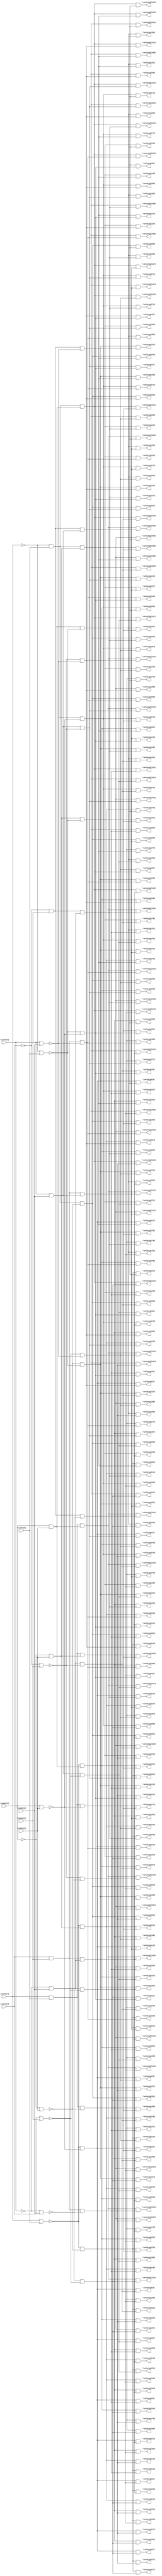
/* Generated by Yosys 0.7 (git sha1 61f6811, gcc 5.4.0-6ubuntu1~16.04.4 -O2 -fstack-protector-strong -fPIC -Os) */

(* top =  1  *)
(* src = "input/dec.v:1" *)
module dec(\count[0] , \count[1] , \count[2] , \count[3] , \count[4] , \count[5] , \count[6] , \count[7] , \selectp1[0] , \selectp1[1] , \selectp1[2] , \selectp1[3] , \selectp1[4] , \selectp1[5] , \selectp1[6] , \selectp1[7] , \selectp1[8] , \selectp1[9] , \selectp1[10] , \selectp1[11] , \selectp1[12] , \selectp1[13] , \selectp1[14] , \selectp1[15] , \selectp1[16] , \selectp1[17] , \selectp1[18] , \selectp1[19] , \selectp1[20] , \selectp1[21] , \selectp1[22] , \selectp1[23] , \selectp1[24] , \selectp1[25] , \selectp1[26] , \selectp1[27] , \selectp1[28] , \selectp1[29] , \selectp1[30] , \selectp1[31] , \selectp1[32] , \selectp1[33] , \selectp1[34] , \selectp1[35] , \selectp1[36] , \selectp1[37] , \selectp1[38] , \selectp1[39] , \selectp1[40] , \selectp1[41] , \selectp1[42] , \selectp1[43] , \selectp1[44] , \selectp1[45] , \selectp1[46] , \selectp1[47] , \selectp1[48] , \selectp1[49] , \selectp1[50] , \selectp1[51] , \selectp1[52] , \selectp1[53] , \selectp1[54] , \selectp1[55] , \selectp1[56] , \selectp1[57] , \selectp1[58] , \selectp1[59] , \selectp1[60] , \selectp1[61] , \selectp1[62] , \selectp1[63] , \selectp1[64] , \selectp1[65] , \selectp1[66] , \selectp1[67] , \selectp1[68] , \selectp1[69] , \selectp1[70] , \selectp1[71] , \selectp1[72] , \selectp1[73] , \selectp1[74] , \selectp1[75] , \selectp1[76] , \selectp1[77] , \selectp1[78] , \selectp1[79] , \selectp1[80] , \selectp1[81] , \selectp1[82] , \selectp1[83] , \selectp1[84] , \selectp1[85] , \selectp1[86] , \selectp1[87] , \selectp1[88] , \selectp1[89] , \selectp1[90] , \selectp1[91] , \selectp1[92] , \selectp1[93] , \selectp1[94] , \selectp1[95] , \selectp1[96] , \selectp1[97] , \selectp1[98] , \selectp1[99] , \selectp1[100] , \selectp1[101] , \selectp1[102] , \selectp1[103] , \selectp1[104] , \selectp1[105] , \selectp1[106] , \selectp1[107] , \selectp1[108] , \selectp1[109] , \selectp1[110] , \selectp1[111] , \selectp1[112] , \selectp1[113] , \selectp1[114] , \selectp1[115] , \selectp1[116] , \selectp1[117] , \selectp1[118] , \selectp1[119] , \selectp1[120] , \selectp1[121] , \selectp1[122] , \selectp1[123] , \selectp1[124] , \selectp1[125] , \selectp1[126] , \selectp1[127] , \selectp2[0] , \selectp2[1] , \selectp2[2] , \selectp2[3] , \selectp2[4] , \selectp2[5] , \selectp2[6] , \selectp2[7] , \selectp2[8] , \selectp2[9] , \selectp2[10] , \selectp2[11] , \selectp2[12] , \selectp2[13] , \selectp2[14] , \selectp2[15] , \selectp2[16] , \selectp2[17] , \selectp2[18] , \selectp2[19] , \selectp2[20] , \selectp2[21] , \selectp2[22] , \selectp2[23] , \selectp2[24] , \selectp2[25] , \selectp2[26] , \selectp2[27] , \selectp2[28] , \selectp2[29] , \selectp2[30] , \selectp2[31] , \selectp2[32] , \selectp2[33] , \selectp2[34] , \selectp2[35] , \selectp2[36] , \selectp2[37] , \selectp2[38] , \selectp2[39] , \selectp2[40] , \selectp2[41] , \selectp2[42] , \selectp2[43] , \selectp2[44] , \selectp2[45] , \selectp2[46] , \selectp2[47] , \selectp2[48] , \selectp2[49] , \selectp2[50] , \selectp2[51] , \selectp2[52] , \selectp2[53] , \selectp2[54] , \selectp2[55] , \selectp2[56] , \selectp2[57] , \selectp2[58] , \selectp2[59] , \selectp2[60] , \selectp2[61] , \selectp2[62] , \selectp2[63] , \selectp2[64] , \selectp2[65] , \selectp2[66] , \selectp2[67] , \selectp2[68] , \selectp2[69] , \selectp2[70] , \selectp2[71] , \selectp2[72] , \selectp2[73] , \selectp2[74] , \selectp2[75] , \selectp2[76] , \selectp2[77] , \selectp2[78] , \selectp2[79] , \selectp2[80] , \selectp2[81] , \selectp2[82] , \selectp2[83] , \selectp2[84] , \selectp2[85] , \selectp2[86] , \selectp2[87] , \selectp2[88] , \selectp2[89] , \selectp2[90] , \selectp2[91] , \selectp2[92] , \selectp2[93] , \selectp2[94] , \selectp2[95] , \selectp2[96] , \selectp2[97] , \selectp2[98] , \selectp2[99] , \selectp2[100] , \selectp2[101] , \selectp2[102] , \selectp2[103] , \selectp2[104] , \selectp2[105] , \selectp2[106] , \selectp2[107] , \selectp2[108] , \selectp2[109] , \selectp2[110] , \selectp2[111] , \selectp2[112] , \selectp2[113] , \selectp2[114] , \selectp2[115] , \selectp2[116] , \selectp2[117] , \selectp2[118] , \selectp2[119] , \selectp2[120] , \selectp2[121] , \selectp2[122] , \selectp2[123] , \selectp2[124] , \selectp2[125] , \selectp2[126] , \selectp2[127] );
  wire _000_;
  wire _001_;
  wire _002_;
  wire _003_;
  wire _004_;
  wire _005_;
  wire _006_;
  wire _007_;
  wire _008_;
  wire _009_;
  wire _010_;
  wire _011_;
  wire _012_;
  wire _013_;
  wire _014_;
  wire _015_;
  wire _016_;
  wire _017_;
  wire _018_;
  wire _019_;
  wire _020_;
  wire _021_;
  wire _022_;
  wire _023_;
  wire _024_;
  wire _025_;
  wire _026_;
  wire _027_;
  wire _028_;
  wire _029_;
  wire _030_;
  wire _031_;
  wire _032_;
  wire _033_;
  wire _034_;
  wire _035_;
  wire _036_;
  wire _037_;
  wire _038_;
  wire _039_;
  wire _040_;
  wire _041_;
  wire _042_;
  wire _043_;
  wire _044_;
  wire _045_;
  wire _046_;
  wire _047_;
  wire _048_;
  wire _049_;
  wire _050_;
  wire _051_;
  (* src = "input/dec.v:68" *)
  input \count[0] ;
  (* src = "input/dec.v:68" *)
  input \count[1] ;
  (* src = "input/dec.v:68" *)
  input \count[2] ;
  (* src = "input/dec.v:68" *)
  input \count[3] ;
  (* src = "input/dec.v:68" *)
  input \count[4] ;
  (* src = "input/dec.v:68" *)
  input \count[5] ;
  (* src = "input/dec.v:68" *)
  input \count[6] ;
  (* src = "input/dec.v:68" *)
  input \count[7] ;
  (* src = "input/dec.v:70" *)
  output \selectp1[0] ;
  (* src = "input/dec.v:70" *)
  output \selectp1[100] ;
  (* src = "input/dec.v:70" *)
  output \selectp1[101] ;
  (* src = "input/dec.v:70" *)
  output \selectp1[102] ;
  (* src = "input/dec.v:70" *)
  output \selectp1[103] ;
  (* src = "input/dec.v:70" *)
  output \selectp1[104] ;
  (* src = "input/dec.v:70" *)
  output \selectp1[105] ;
  (* src = "input/dec.v:70" *)
  output \selectp1[106] ;
  (* src = "input/dec.v:70" *)
  output \selectp1[107] ;
  (* src = "input/dec.v:70" *)
  output \selectp1[108] ;
  (* src = "input/dec.v:70" *)
  output \selectp1[109] ;
  (* src = "input/dec.v:70" *)
  output \selectp1[10] ;
  (* src = "input/dec.v:70" *)
  output \selectp1[110] ;
  (* src = "input/dec.v:70" *)
  output \selectp1[111] ;
  (* src = "input/dec.v:70" *)
  output \selectp1[112] ;
  (* src = "input/dec.v:70" *)
  output \selectp1[113] ;
  (* src = "input/dec.v:70" *)
  output \selectp1[114] ;
  (* src = "input/dec.v:70" *)
  output \selectp1[115] ;
  (* src = "input/dec.v:70" *)
  output \selectp1[116] ;
  (* src = "input/dec.v:70" *)
  output \selectp1[117] ;
  (* src = "input/dec.v:70" *)
  output \selectp1[118] ;
  (* src = "input/dec.v:70" *)
  output \selectp1[119] ;
  (* src = "input/dec.v:70" *)
  output \selectp1[11] ;
  (* src = "input/dec.v:70" *)
  output \selectp1[120] ;
  (* src = "input/dec.v:70" *)
  output \selectp1[121] ;
  (* src = "input/dec.v:70" *)
  output \selectp1[122] ;
  (* src = "input/dec.v:70" *)
  output \selectp1[123] ;
  (* src = "input/dec.v:70" *)
  output \selectp1[124] ;
  (* src = "input/dec.v:70" *)
  output \selectp1[125] ;
  (* src = "input/dec.v:70" *)
  output \selectp1[126] ;
  (* src = "input/dec.v:70" *)
  output \selectp1[127] ;
  (* src = "input/dec.v:70" *)
  output \selectp1[12] ;
  (* src = "input/dec.v:70" *)
  output \selectp1[13] ;
  (* src = "input/dec.v:70" *)
  output \selectp1[14] ;
  (* src = "input/dec.v:70" *)
  output \selectp1[15] ;
  (* src = "input/dec.v:70" *)
  output \selectp1[16] ;
  (* src = "input/dec.v:70" *)
  output \selectp1[17] ;
  (* src = "input/dec.v:70" *)
  output \selectp1[18] ;
  (* src = "input/dec.v:70" *)
  output \selectp1[19] ;
  (* src = "input/dec.v:70" *)
  output \selectp1[1] ;
  (* src = "input/dec.v:70" *)
  output \selectp1[20] ;
  (* src = "input/dec.v:70" *)
  output \selectp1[21] ;
  (* src = "input/dec.v:70" *)
  output \selectp1[22] ;
  (* src = "input/dec.v:70" *)
  output \selectp1[23] ;
  (* src = "input/dec.v:70" *)
  output \selectp1[24] ;
  (* src = "input/dec.v:70" *)
  output \selectp1[25] ;
  (* src = "input/dec.v:70" *)
  output \selectp1[26] ;
  (* src = "input/dec.v:70" *)
  output \selectp1[27] ;
  (* src = "input/dec.v:70" *)
  output \selectp1[28] ;
  (* src = "input/dec.v:70" *)
  output \selectp1[29] ;
  (* src = "input/dec.v:70" *)
  output \selectp1[2] ;
  (* src = "input/dec.v:70" *)
  output \selectp1[30] ;
  (* src = "input/dec.v:70" *)
  output \selectp1[31] ;
  (* src = "input/dec.v:70" *)
  output \selectp1[32] ;
  (* src = "input/dec.v:70" *)
  output \selectp1[33] ;
  (* src = "input/dec.v:70" *)
  output \selectp1[34] ;
  (* src = "input/dec.v:70" *)
  output \selectp1[35] ;
  (* src = "input/dec.v:70" *)
  output \selectp1[36] ;
  (* src = "input/dec.v:70" *)
  output \selectp1[37] ;
  (* src = "input/dec.v:70" *)
  output \selectp1[38] ;
  (* src = "input/dec.v:70" *)
  output \selectp1[39] ;
  (* src = "input/dec.v:70" *)
  output \selectp1[3] ;
  (* src = "input/dec.v:70" *)
  output \selectp1[40] ;
  (* src = "input/dec.v:70" *)
  output \selectp1[41] ;
  (* src = "input/dec.v:70" *)
  output \selectp1[42] ;
  (* src = "input/dec.v:70" *)
  output \selectp1[43] ;
  (* src = "input/dec.v:70" *)
  output \selectp1[44] ;
  (* src = "input/dec.v:70" *)
  output \selectp1[45] ;
  (* src = "input/dec.v:70" *)
  output \selectp1[46] ;
  (* src = "input/dec.v:70" *)
  output \selectp1[47] ;
  (* src = "input/dec.v:70" *)
  output \selectp1[48] ;
  (* src = "input/dec.v:70" *)
  output \selectp1[49] ;
  (* src = "input/dec.v:70" *)
  output \selectp1[4] ;
  (* src = "input/dec.v:70" *)
  output \selectp1[50] ;
  (* src = "input/dec.v:70" *)
  output \selectp1[51] ;
  (* src = "input/dec.v:70" *)
  output \selectp1[52] ;
  (* src = "input/dec.v:70" *)
  output \selectp1[53] ;
  (* src = "input/dec.v:70" *)
  output \selectp1[54] ;
  (* src = "input/dec.v:70" *)
  output \selectp1[55] ;
  (* src = "input/dec.v:70" *)
  output \selectp1[56] ;
  (* src = "input/dec.v:70" *)
  output \selectp1[57] ;
  (* src = "input/dec.v:70" *)
  output \selectp1[58] ;
  (* src = "input/dec.v:70" *)
  output \selectp1[59] ;
  (* src = "input/dec.v:70" *)
  output \selectp1[5] ;
  (* src = "input/dec.v:70" *)
  output \selectp1[60] ;
  (* src = "input/dec.v:70" *)
  output \selectp1[61] ;
  (* src = "input/dec.v:70" *)
  output \selectp1[62] ;
  (* src = "input/dec.v:70" *)
  output \selectp1[63] ;
  (* src = "input/dec.v:70" *)
  output \selectp1[64] ;
  (* src = "input/dec.v:70" *)
  output \selectp1[65] ;
  (* src = "input/dec.v:70" *)
  output \selectp1[66] ;
  (* src = "input/dec.v:70" *)
  output \selectp1[67] ;
  (* src = "input/dec.v:70" *)
  output \selectp1[68] ;
  (* src = "input/dec.v:70" *)
  output \selectp1[69] ;
  (* src = "input/dec.v:70" *)
  output \selectp1[6] ;
  (* src = "input/dec.v:70" *)
  output \selectp1[70] ;
  (* src = "input/dec.v:70" *)
  output \selectp1[71] ;
  (* src = "input/dec.v:70" *)
  output \selectp1[72] ;
  (* src = "input/dec.v:70" *)
  output \selectp1[73] ;
  (* src = "input/dec.v:70" *)
  output \selectp1[74] ;
  (* src = "input/dec.v:70" *)
  output \selectp1[75] ;
  (* src = "input/dec.v:70" *)
  output \selectp1[76] ;
  (* src = "input/dec.v:70" *)
  output \selectp1[77] ;
  (* src = "input/dec.v:70" *)
  output \selectp1[78] ;
  (* src = "input/dec.v:70" *)
  output \selectp1[79] ;
  (* src = "input/dec.v:70" *)
  output \selectp1[7] ;
  (* src = "input/dec.v:70" *)
  output \selectp1[80] ;
  (* src = "input/dec.v:70" *)
  output \selectp1[81] ;
  (* src = "input/dec.v:70" *)
  output \selectp1[82] ;
  (* src = "input/dec.v:70" *)
  output \selectp1[83] ;
  (* src = "input/dec.v:70" *)
  output \selectp1[84] ;
  (* src = "input/dec.v:70" *)
  output \selectp1[85] ;
  (* src = "input/dec.v:70" *)
  output \selectp1[86] ;
  (* src = "input/dec.v:70" *)
  output \selectp1[87] ;
  (* src = "input/dec.v:70" *)
  output \selectp1[88] ;
  (* src = "input/dec.v:70" *)
  output \selectp1[89] ;
  (* src = "input/dec.v:70" *)
  output \selectp1[8] ;
  (* src = "input/dec.v:70" *)
  output \selectp1[90] ;
  (* src = "input/dec.v:70" *)
  output \selectp1[91] ;
  (* src = "input/dec.v:70" *)
  output \selectp1[92] ;
  (* src = "input/dec.v:70" *)
  output \selectp1[93] ;
  (* src = "input/dec.v:70" *)
  output \selectp1[94] ;
  (* src = "input/dec.v:70" *)
  output \selectp1[95] ;
  (* src = "input/dec.v:70" *)
  output \selectp1[96] ;
  (* src = "input/dec.v:70" *)
  output \selectp1[97] ;
  (* src = "input/dec.v:70" *)
  output \selectp1[98] ;
  (* src = "input/dec.v:70" *)
  output \selectp1[99] ;
  (* src = "input/dec.v:70" *)
  output \selectp1[9] ;
  (* src = "input/dec.v:70" *)
  output \selectp2[0] ;
  (* src = "input/dec.v:70" *)
  output \selectp2[100] ;
  (* src = "input/dec.v:70" *)
  output \selectp2[101] ;
  (* src = "input/dec.v:70" *)
  output \selectp2[102] ;
  (* src = "input/dec.v:70" *)
  output \selectp2[103] ;
  (* src = "input/dec.v:70" *)
  output \selectp2[104] ;
  (* src = "input/dec.v:70" *)
  output \selectp2[105] ;
  (* src = "input/dec.v:70" *)
  output \selectp2[106] ;
  (* src = "input/dec.v:70" *)
  output \selectp2[107] ;
  (* src = "input/dec.v:70" *)
  output \selectp2[108] ;
  (* src = "input/dec.v:70" *)
  output \selectp2[109] ;
  (* src = "input/dec.v:70" *)
  output \selectp2[10] ;
  (* src = "input/dec.v:70" *)
  output \selectp2[110] ;
  (* src = "input/dec.v:70" *)
  output \selectp2[111] ;
  (* src = "input/dec.v:70" *)
  output \selectp2[112] ;
  (* src = "input/dec.v:70" *)
  output \selectp2[113] ;
  (* src = "input/dec.v:70" *)
  output \selectp2[114] ;
  (* src = "input/dec.v:70" *)
  output \selectp2[115] ;
  (* src = "input/dec.v:70" *)
  output \selectp2[116] ;
  (* src = "input/dec.v:70" *)
  output \selectp2[117] ;
  (* src = "input/dec.v:70" *)
  output \selectp2[118] ;
  (* src = "input/dec.v:70" *)
  output \selectp2[119] ;
  (* src = "input/dec.v:70" *)
  output \selectp2[11] ;
  (* src = "input/dec.v:70" *)
  output \selectp2[120] ;
  (* src = "input/dec.v:70" *)
  output \selectp2[121] ;
  (* src = "input/dec.v:70" *)
  output \selectp2[122] ;
  (* src = "input/dec.v:70" *)
  output \selectp2[123] ;
  (* src = "input/dec.v:70" *)
  output \selectp2[124] ;
  (* src = "input/dec.v:70" *)
  output \selectp2[125] ;
  (* src = "input/dec.v:70" *)
  output \selectp2[126] ;
  (* src = "input/dec.v:70" *)
  output \selectp2[127] ;
  (* src = "input/dec.v:70" *)
  output \selectp2[12] ;
  (* src = "input/dec.v:70" *)
  output \selectp2[13] ;
  (* src = "input/dec.v:70" *)
  output \selectp2[14] ;
  (* src = "input/dec.v:70" *)
  output \selectp2[15] ;
  (* src = "input/dec.v:70" *)
  output \selectp2[16] ;
  (* src = "input/dec.v:70" *)
  output \selectp2[17] ;
  (* src = "input/dec.v:70" *)
  output \selectp2[18] ;
  (* src = "input/dec.v:70" *)
  output \selectp2[19] ;
  (* src = "input/dec.v:70" *)
  output \selectp2[1] ;
  (* src = "input/dec.v:70" *)
  output \selectp2[20] ;
  (* src = "input/dec.v:70" *)
  output \selectp2[21] ;
  (* src = "input/dec.v:70" *)
  output \selectp2[22] ;
  (* src = "input/dec.v:70" *)
  output \selectp2[23] ;
  (* src = "input/dec.v:70" *)
  output \selectp2[24] ;
  (* src = "input/dec.v:70" *)
  output \selectp2[25] ;
  (* src = "input/dec.v:70" *)
  output \selectp2[26] ;
  (* src = "input/dec.v:70" *)
  output \selectp2[27] ;
  (* src = "input/dec.v:70" *)
  output \selectp2[28] ;
  (* src = "input/dec.v:70" *)
  output \selectp2[29] ;
  (* src = "input/dec.v:70" *)
  output \selectp2[2] ;
  (* src = "input/dec.v:70" *)
  output \selectp2[30] ;
  (* src = "input/dec.v:70" *)
  output \selectp2[31] ;
  (* src = "input/dec.v:70" *)
  output \selectp2[32] ;
  (* src = "input/dec.v:70" *)
  output \selectp2[33] ;
  (* src = "input/dec.v:70" *)
  output \selectp2[34] ;
  (* src = "input/dec.v:70" *)
  output \selectp2[35] ;
  (* src = "input/dec.v:70" *)
  output \selectp2[36] ;
  (* src = "input/dec.v:70" *)
  output \selectp2[37] ;
  (* src = "input/dec.v:70" *)
  output \selectp2[38] ;
  (* src = "input/dec.v:70" *)
  output \selectp2[39] ;
  (* src = "input/dec.v:70" *)
  output \selectp2[3] ;
  (* src = "input/dec.v:70" *)
  output \selectp2[40] ;
  (* src = "input/dec.v:70" *)
  output \selectp2[41] ;
  (* src = "input/dec.v:70" *)
  output \selectp2[42] ;
  (* src = "input/dec.v:70" *)
  output \selectp2[43] ;
  (* src = "input/dec.v:70" *)
  output \selectp2[44] ;
  (* src = "input/dec.v:70" *)
  output \selectp2[45] ;
  (* src = "input/dec.v:70" *)
  output \selectp2[46] ;
  (* src = "input/dec.v:70" *)
  output \selectp2[47] ;
  (* src = "input/dec.v:70" *)
  output \selectp2[48] ;
  (* src = "input/dec.v:70" *)
  output \selectp2[49] ;
  (* src = "input/dec.v:70" *)
  output \selectp2[4] ;
  (* src = "input/dec.v:70" *)
  output \selectp2[50] ;
  (* src = "input/dec.v:70" *)
  output \selectp2[51] ;
  (* src = "input/dec.v:70" *)
  output \selectp2[52] ;
  (* src = "input/dec.v:70" *)
  output \selectp2[53] ;
  (* src = "input/dec.v:70" *)
  output \selectp2[54] ;
  (* src = "input/dec.v:70" *)
  output \selectp2[55] ;
  (* src = "input/dec.v:70" *)
  output \selectp2[56] ;
  (* src = "input/dec.v:70" *)
  output \selectp2[57] ;
  (* src = "input/dec.v:70" *)
  output \selectp2[58] ;
  (* src = "input/dec.v:70" *)
  output \selectp2[59] ;
  (* src = "input/dec.v:70" *)
  output \selectp2[5] ;
  (* src = "input/dec.v:70" *)
  output \selectp2[60] ;
  (* src = "input/dec.v:70" *)
  output \selectp2[61] ;
  (* src = "input/dec.v:70" *)
  output \selectp2[62] ;
  (* src = "input/dec.v:70" *)
  output \selectp2[63] ;
  (* src = "input/dec.v:70" *)
  output \selectp2[64] ;
  (* src = "input/dec.v:70" *)
  output \selectp2[65] ;
  (* src = "input/dec.v:70" *)
  output \selectp2[66] ;
  (* src = "input/dec.v:70" *)
  output \selectp2[67] ;
  (* src = "input/dec.v:70" *)
  output \selectp2[68] ;
  (* src = "input/dec.v:70" *)
  output \selectp2[69] ;
  (* src = "input/dec.v:70" *)
  output \selectp2[6] ;
  (* src = "input/dec.v:70" *)
  output \selectp2[70] ;
  (* src = "input/dec.v:70" *)
  output \selectp2[71] ;
  (* src = "input/dec.v:70" *)
  output \selectp2[72] ;
  (* src = "input/dec.v:70" *)
  output \selectp2[73] ;
  (* src = "input/dec.v:70" *)
  output \selectp2[74] ;
  (* src = "input/dec.v:70" *)
  output \selectp2[75] ;
  (* src = "input/dec.v:70" *)
  output \selectp2[76] ;
  (* src = "input/dec.v:70" *)
  output \selectp2[77] ;
  (* src = "input/dec.v:70" *)
  output \selectp2[78] ;
  (* src = "input/dec.v:70" *)
  output \selectp2[79] ;
  (* src = "input/dec.v:70" *)
  output \selectp2[7] ;
  (* src = "input/dec.v:70" *)
  output \selectp2[80] ;
  (* src = "input/dec.v:70" *)
  output \selectp2[81] ;
  (* src = "input/dec.v:70" *)
  output \selectp2[82] ;
  (* src = "input/dec.v:70" *)
  output \selectp2[83] ;
  (* src = "input/dec.v:70" *)
  output \selectp2[84] ;
  (* src = "input/dec.v:70" *)
  output \selectp2[85] ;
  (* src = "input/dec.v:70" *)
  output \selectp2[86] ;
  (* src = "input/dec.v:70" *)
  output \selectp2[87] ;
  (* src = "input/dec.v:70" *)
  output \selectp2[88] ;
  (* src = "input/dec.v:70" *)
  output \selectp2[89] ;
  (* src = "input/dec.v:70" *)
  output \selectp2[8] ;
  (* src = "input/dec.v:70" *)
  output \selectp2[90] ;
  (* src = "input/dec.v:70" *)
  output \selectp2[91] ;
  (* src = "input/dec.v:70" *)
  output \selectp2[92] ;
  (* src = "input/dec.v:70" *)
  output \selectp2[93] ;
  (* src = "input/dec.v:70" *)
  output \selectp2[94] ;
  (* src = "input/dec.v:70" *)
  output \selectp2[95] ;
  (* src = "input/dec.v:70" *)
  output \selectp2[96] ;
  (* src = "input/dec.v:70" *)
  output \selectp2[97] ;
  (* src = "input/dec.v:70" *)
  output \selectp2[98] ;
  (* src = "input/dec.v:70" *)
  output \selectp2[99] ;
  (* src = "input/dec.v:70" *)
  output \selectp2[9] ;
  assign _000_ = ~(\count[4]  | \count[5] );
  assign _001_ = ~\count[7] ;
  assign _002_ = ~(_001_ | \count[6] );
  assign _003_ = _002_ & _000_;
  assign _004_ = ~(\count[0]  | \count[2] );
  assign _005_ = ~(\count[1]  | \count[3] );
  assign _006_ = _005_ & _004_;
  assign \selectp1[0]  = _006_ & _003_;
  assign _007_ = ~\count[0] ;
  assign _008_ = ~(_007_ | \count[2] );
  assign _009_ = _008_ & _005_;
  assign \selectp1[1]  = _009_ & _003_;
  assign _010_ = ~\count[1] ;
  assign _011_ = ~(_010_ | \count[3] );
  assign _012_ = _011_ & _004_;
  assign \selectp1[2]  = _012_ & _003_;
  assign _013_ = _011_ & _008_;
  assign \selectp1[3]  = _013_ & _003_;
  assign _014_ = _007_ & \count[2] ;
  assign _015_ = _014_ & _005_;
  assign \selectp1[4]  = _015_ & _003_;
  assign _016_ = \count[0]  & \count[2] ;
  assign _017_ = _016_ & _005_;
  assign \selectp1[5]  = _017_ & _003_;
  assign _018_ = _014_ & _011_;
  assign \selectp1[6]  = _018_ & _003_;
  assign _019_ = _016_ & _011_;
  assign \selectp1[7]  = _019_ & _003_;
  assign _020_ = _010_ & \count[3] ;
  assign _021_ = _020_ & _004_;
  assign \selectp1[8]  = _021_ & _003_;
  assign _022_ = _020_ & _008_;
  assign \selectp1[9]  = _022_ & _003_;
  assign _023_ = \count[1]  & \count[3] ;
  assign _024_ = _023_ & _004_;
  assign \selectp1[10]  = _024_ & _003_;
  assign _025_ = _023_ & _008_;
  assign \selectp1[11]  = _025_ & _003_;
  assign _026_ = _020_ & _014_;
  assign \selectp1[12]  = _026_ & _003_;
  assign _027_ = _020_ & _016_;
  assign \selectp1[13]  = _027_ & _003_;
  assign _028_ = _023_ & _014_;
  assign \selectp1[14]  = _028_ & _003_;
  assign _029_ = _023_ & _016_;
  assign \selectp1[15]  = _029_ & _003_;
  assign _030_ = ~\count[4] ;
  assign _031_ = ~(_030_ | \count[5] );
  assign _032_ = _031_ & _002_;
  assign \selectp1[16]  = _032_ & _006_;
  assign \selectp1[17]  = _032_ & _009_;
  assign \selectp1[18]  = _032_ & _012_;
  assign \selectp1[19]  = _032_ & _013_;
  assign \selectp1[20]  = _032_ & _015_;
  assign \selectp1[21]  = _032_ & _017_;
  assign \selectp1[22]  = _032_ & _018_;
  assign \selectp1[23]  = _032_ & _019_;
  assign \selectp1[24]  = _032_ & _021_;
  assign \selectp1[25]  = _032_ & _022_;
  assign \selectp1[26]  = _032_ & _024_;
  assign \selectp1[27]  = _032_ & _025_;
  assign \selectp1[28]  = _032_ & _026_;
  assign \selectp1[29]  = _032_ & _027_;
  assign \selectp1[30]  = _032_ & _028_;
  assign \selectp1[31]  = _032_ & _029_;
  assign _033_ = _030_ & \count[5] ;
  assign _034_ = _033_ & _002_;
  assign \selectp1[32]  = _034_ & _006_;
  assign \selectp1[33]  = _034_ & _009_;
  assign \selectp1[34]  = _034_ & _012_;
  assign \selectp1[35]  = _034_ & _013_;
  assign \selectp1[36]  = _034_ & _015_;
  assign \selectp1[37]  = _034_ & _017_;
  assign \selectp1[38]  = _034_ & _018_;
  assign \selectp1[39]  = _034_ & _019_;
  assign \selectp1[40]  = _034_ & _021_;
  assign \selectp1[41]  = _034_ & _022_;
  assign \selectp1[42]  = _034_ & _024_;
  assign \selectp1[43]  = _034_ & _025_;
  assign \selectp1[44]  = _034_ & _026_;
  assign \selectp1[45]  = _034_ & _027_;
  assign \selectp1[46]  = _034_ & _028_;
  assign \selectp1[47]  = _034_ & _029_;
  assign _035_ = \count[4]  & \count[5] ;
  assign _036_ = _035_ & _002_;
  assign \selectp1[48]  = _036_ & _006_;
  assign \selectp1[49]  = _036_ & _009_;
  assign \selectp1[50]  = _036_ & _012_;
  assign \selectp1[51]  = _036_ & _013_;
  assign \selectp1[52]  = _036_ & _015_;
  assign \selectp1[53]  = _036_ & _017_;
  assign \selectp1[54]  = _036_ & _018_;
  assign \selectp1[55]  = _036_ & _019_;
  assign \selectp1[56]  = _036_ & _021_;
  assign \selectp1[57]  = _036_ & _022_;
  assign \selectp1[58]  = _036_ & _024_;
  assign \selectp1[59]  = _036_ & _025_;
  assign \selectp1[60]  = _036_ & _026_;
  assign \selectp1[61]  = _036_ & _027_;
  assign \selectp1[62]  = _036_ & _028_;
  assign \selectp1[63]  = _036_ & _029_;
  assign _037_ = \count[7]  & \count[6] ;
  assign _038_ = _037_ & _000_;
  assign \selectp1[64]  = _038_ & _006_;
  assign \selectp1[65]  = _038_ & _009_;
  assign \selectp1[66]  = _038_ & _012_;
  assign \selectp1[67]  = _038_ & _013_;
  assign \selectp1[68]  = _038_ & _015_;
  assign \selectp1[69]  = _038_ & _017_;
  assign \selectp1[70]  = _038_ & _018_;
  assign \selectp1[71]  = _038_ & _019_;
  assign \selectp1[72]  = _038_ & _021_;
  assign \selectp1[73]  = _038_ & _022_;
  assign \selectp1[74]  = _038_ & _024_;
  assign \selectp1[75]  = _038_ & _025_;
  assign \selectp1[76]  = _038_ & _026_;
  assign \selectp1[77]  = _038_ & _027_;
  assign \selectp1[78]  = _038_ & _028_;
  assign \selectp1[79]  = _038_ & _029_;
  assign _039_ = _037_ & _031_;
  assign \selectp1[80]  = _039_ & _006_;
  assign \selectp1[81]  = _039_ & _009_;
  assign \selectp1[82]  = _039_ & _012_;
  assign \selectp1[83]  = _039_ & _013_;
  assign \selectp1[84]  = _039_ & _015_;
  assign \selectp1[85]  = _039_ & _017_;
  assign \selectp1[86]  = _039_ & _018_;
  assign \selectp1[87]  = _039_ & _019_;
  assign \selectp1[88]  = _039_ & _021_;
  assign \selectp1[89]  = _039_ & _022_;
  assign \selectp1[90]  = _039_ & _024_;
  assign \selectp1[91]  = _039_ & _025_;
  assign \selectp1[92]  = _039_ & _026_;
  assign \selectp1[93]  = _039_ & _027_;
  assign \selectp1[94]  = _039_ & _028_;
  assign \selectp1[95]  = _039_ & _029_;
  assign _040_ = _037_ & _033_;
  assign \selectp1[96]  = _040_ & _006_;
  assign \selectp1[97]  = _040_ & _009_;
  assign \selectp1[98]  = _040_ & _012_;
  assign \selectp1[99]  = _040_ & _013_;
  assign \selectp1[100]  = _040_ & _015_;
  assign \selectp1[101]  = _040_ & _017_;
  assign \selectp1[102]  = _040_ & _018_;
  assign \selectp1[103]  = _040_ & _019_;
  assign \selectp1[104]  = _040_ & _021_;
  assign \selectp1[105]  = _040_ & _022_;
  assign \selectp1[106]  = _040_ & _024_;
  assign \selectp1[107]  = _040_ & _025_;
  assign \selectp1[108]  = _040_ & _026_;
  assign \selectp1[109]  = _040_ & _027_;
  assign \selectp1[110]  = _040_ & _028_;
  assign \selectp1[111]  = _040_ & _029_;
  assign _041_ = _037_ & _035_;
  assign \selectp1[112]  = _041_ & _006_;
  assign \selectp1[113]  = _041_ & _009_;
  assign \selectp1[114]  = _041_ & _012_;
  assign \selectp1[115]  = _041_ & _013_;
  assign \selectp1[116]  = _041_ & _015_;
  assign \selectp1[117]  = _041_ & _017_;
  assign \selectp1[118]  = _041_ & _018_;
  assign \selectp1[119]  = _041_ & _019_;
  assign \selectp1[120]  = _041_ & _021_;
  assign \selectp1[121]  = _041_ & _022_;
  assign \selectp1[122]  = _041_ & _024_;
  assign \selectp1[123]  = _041_ & _025_;
  assign \selectp1[124]  = _041_ & _026_;
  assign \selectp1[125]  = _041_ & _027_;
  assign \selectp1[126]  = _041_ & _028_;
  assign \selectp1[127]  = _041_ & _029_;
  assign _042_ = ~(\count[7]  | \count[6] );
  assign _043_ = _042_ & _000_;
  assign \selectp2[0]  = _043_ & _006_;
  assign \selectp2[1]  = _043_ & _009_;
  assign \selectp2[2]  = _043_ & _012_;
  assign \selectp2[3]  = _043_ & _013_;
  assign \selectp2[4]  = _043_ & _015_;
  assign \selectp2[5]  = _043_ & _017_;
  assign \selectp2[6]  = _043_ & _018_;
  assign \selectp2[7]  = _043_ & _019_;
  assign \selectp2[8]  = _043_ & _021_;
  assign \selectp2[9]  = _043_ & _022_;
  assign \selectp2[10]  = _043_ & _024_;
  assign \selectp2[11]  = _043_ & _025_;
  assign \selectp2[12]  = _043_ & _026_;
  assign \selectp2[13]  = _043_ & _027_;
  assign \selectp2[14]  = _043_ & _028_;
  assign \selectp2[15]  = _043_ & _029_;
  assign _044_ = _042_ & _031_;
  assign \selectp2[16]  = _044_ & _006_;
  assign \selectp2[17]  = _044_ & _009_;
  assign \selectp2[18]  = _044_ & _012_;
  assign \selectp2[19]  = _044_ & _013_;
  assign \selectp2[20]  = _044_ & _015_;
  assign \selectp2[21]  = _044_ & _017_;
  assign \selectp2[22]  = _044_ & _018_;
  assign \selectp2[23]  = _044_ & _019_;
  assign \selectp2[24]  = _044_ & _021_;
  assign \selectp2[25]  = _044_ & _022_;
  assign \selectp2[26]  = _044_ & _024_;
  assign \selectp2[27]  = _044_ & _025_;
  assign \selectp2[28]  = _044_ & _026_;
  assign \selectp2[29]  = _044_ & _027_;
  assign \selectp2[30]  = _044_ & _028_;
  assign \selectp2[31]  = _044_ & _029_;
  assign _045_ = _042_ & _033_;
  assign \selectp2[32]  = _045_ & _006_;
  assign \selectp2[33]  = _045_ & _009_;
  assign \selectp2[34]  = _045_ & _012_;
  assign \selectp2[35]  = _045_ & _013_;
  assign \selectp2[36]  = _045_ & _015_;
  assign \selectp2[37]  = _045_ & _017_;
  assign \selectp2[38]  = _045_ & _018_;
  assign \selectp2[39]  = _045_ & _019_;
  assign \selectp2[40]  = _045_ & _021_;
  assign \selectp2[41]  = _045_ & _022_;
  assign \selectp2[42]  = _045_ & _024_;
  assign \selectp2[43]  = _045_ & _025_;
  assign \selectp2[44]  = _045_ & _026_;
  assign \selectp2[45]  = _045_ & _027_;
  assign \selectp2[46]  = _045_ & _028_;
  assign \selectp2[47]  = _045_ & _029_;
  assign _046_ = _042_ & _035_;
  assign \selectp2[48]  = _046_ & _006_;
  assign \selectp2[49]  = _046_ & _009_;
  assign \selectp2[50]  = _046_ & _012_;
  assign \selectp2[51]  = _046_ & _013_;
  assign \selectp2[52]  = _046_ & _015_;
  assign \selectp2[53]  = _046_ & _017_;
  assign \selectp2[54]  = _046_ & _018_;
  assign \selectp2[55]  = _046_ & _019_;
  assign \selectp2[56]  = _046_ & _021_;
  assign \selectp2[57]  = _046_ & _022_;
  assign \selectp2[58]  = _046_ & _024_;
  assign \selectp2[59]  = _046_ & _025_;
  assign \selectp2[60]  = _046_ & _026_;
  assign \selectp2[61]  = _046_ & _027_;
  assign \selectp2[62]  = _046_ & _028_;
  assign \selectp2[63]  = _046_ & _029_;
  assign _047_ = _001_ & \count[6] ;
  assign _048_ = _047_ & _000_;
  assign \selectp2[64]  = _048_ & _006_;
  assign \selectp2[65]  = _048_ & _009_;
  assign \selectp2[66]  = _048_ & _012_;
  assign \selectp2[67]  = _048_ & _013_;
  assign \selectp2[68]  = _048_ & _015_;
  assign \selectp2[69]  = _048_ & _017_;
  assign \selectp2[70]  = _048_ & _018_;
  assign \selectp2[71]  = _048_ & _019_;
  assign \selectp2[72]  = _048_ & _021_;
  assign \selectp2[73]  = _048_ & _022_;
  assign \selectp2[74]  = _048_ & _024_;
  assign \selectp2[75]  = _048_ & _025_;
  assign \selectp2[76]  = _048_ & _026_;
  assign \selectp2[77]  = _048_ & _027_;
  assign \selectp2[78]  = _048_ & _028_;
  assign \selectp2[79]  = _048_ & _029_;
  assign _049_ = _047_ & _031_;
  assign \selectp2[80]  = _049_ & _006_;
  assign \selectp2[81]  = _049_ & _009_;
  assign \selectp2[82]  = _049_ & _012_;
  assign \selectp2[83]  = _049_ & _013_;
  assign \selectp2[84]  = _049_ & _015_;
  assign \selectp2[85]  = _049_ & _017_;
  assign \selectp2[86]  = _049_ & _018_;
  assign \selectp2[87]  = _049_ & _019_;
  assign \selectp2[88]  = _049_ & _021_;
  assign \selectp2[89]  = _049_ & _022_;
  assign \selectp2[90]  = _049_ & _024_;
  assign \selectp2[91]  = _049_ & _025_;
  assign \selectp2[92]  = _049_ & _026_;
  assign \selectp2[93]  = _049_ & _027_;
  assign \selectp2[94]  = _049_ & _028_;
  assign \selectp2[95]  = _049_ & _029_;
  assign _050_ = _047_ & _033_;
  assign \selectp2[96]  = _050_ & _006_;
  assign \selectp2[97]  = _050_ & _009_;
  assign \selectp2[98]  = _050_ & _012_;
  assign \selectp2[99]  = _050_ & _013_;
  assign \selectp2[100]  = _050_ & _015_;
  assign \selectp2[101]  = _050_ & _017_;
  assign \selectp2[102]  = _050_ & _018_;
  assign \selectp2[103]  = _050_ & _019_;
  assign \selectp2[104]  = _050_ & _021_;
  assign \selectp2[105]  = _050_ & _022_;
  assign \selectp2[106]  = _050_ & _024_;
  assign \selectp2[107]  = _050_ & _025_;
  assign \selectp2[108]  = _050_ & _026_;
  assign \selectp2[109]  = _050_ & _027_;
  assign \selectp2[110]  = _050_ & _028_;
  assign \selectp2[111]  = _050_ & _029_;
  assign _051_ = _047_ & _035_;
  assign \selectp2[112]  = _051_ & _006_;
  assign \selectp2[113]  = _051_ & _009_;
  assign \selectp2[114]  = _051_ & _012_;
  assign \selectp2[115]  = _051_ & _013_;
  assign \selectp2[116]  = _051_ & _015_;
  assign \selectp2[117]  = _051_ & _017_;
  assign \selectp2[118]  = _051_ & _018_;
  assign \selectp2[119]  = _051_ & _019_;
  assign \selectp2[120]  = _051_ & _021_;
  assign \selectp2[121]  = _051_ & _022_;
  assign \selectp2[122]  = _051_ & _024_;
  assign \selectp2[123]  = _051_ & _025_;
  assign \selectp2[124]  = _051_ & _026_;
  assign \selectp2[125]  = _051_ & _027_;
  assign \selectp2[126]  = _051_ & _028_;
  assign \selectp2[127]  = _051_ & _029_;
endmodule